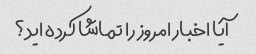
آیا اخبار امروز را تماشا کرده اید؟